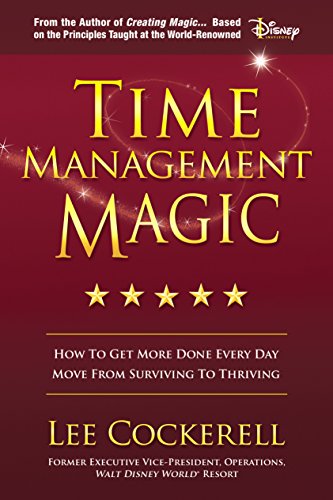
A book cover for Time Management Magic: How To Get More Done Every Day And Move From Surviving To Thriving; Lee Cockerell; Business & Money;